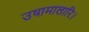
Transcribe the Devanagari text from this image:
उषामालारि।